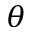
\theta